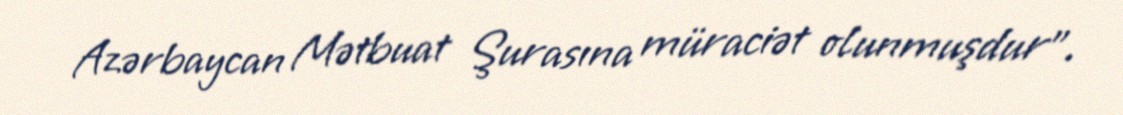
Azərbaycan Mətbuat Şurasına müraciət olunmuşdur".